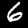
Digit: 6